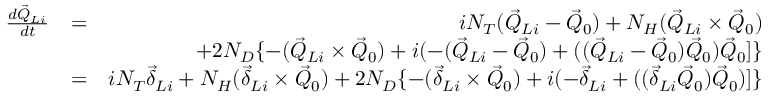
\begin{array} { r l r } { \frac { d \vec { Q } _ { L i } } { d t } } & { = } & { i N _ { T } ( \vec { Q } _ { L i } - \vec { Q } _ { 0 } ) + N _ { H } ( \vec { Q } _ { L i } \times \vec { Q } _ { 0 } ) } \\ & { } & { + 2 N _ { D } \{ - ( \vec { Q } _ { L i } \times \vec { Q } _ { 0 } ) + i ( - ( \vec { Q } _ { L i } - \vec { Q } _ { 0 } ) + ( ( \vec { Q } _ { L i } - \vec { Q } _ { 0 } ) \vec { Q } _ { 0 } ) \vec { Q } _ { 0 } ] \} } \\ & { = } & { i N _ { T } \vec { \delta } _ { L i } + N _ { H } ( \vec { \delta } _ { L i } \times \vec { Q } _ { 0 } ) + 2 N _ { D } \{ - ( \vec { \delta } _ { L i } \times \vec { Q } _ { 0 } ) + i ( - \vec { \delta } _ { L i } + ( ( \vec { \delta } _ { L i } \vec { Q } _ { 0 } ) \vec { Q } _ { 0 } ) ] \} } \end{array}